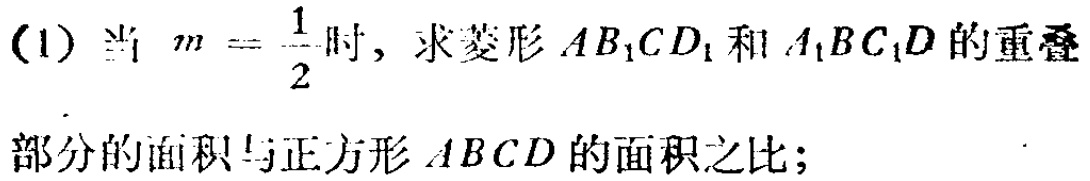
(1) 当 \(m = \frac{1}{2}\) 时, 求菱形 \(AB_{1}CD_{1}\) 和 \(A_{1}BC_{1}D\) 的重叠
部分的面积与正方形 \(ABCD\) 的面积之比;